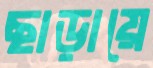
ছাড়ায়ে